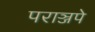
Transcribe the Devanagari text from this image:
पराञ्जपे